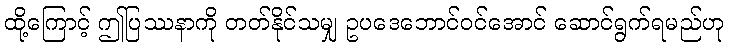
ထို့ကြောင့် ဤပြဿနာကို တတ်နိုင်သမျှ ဥပဒေဘောင်ဝင်အောင် ဆောင်ရွက်ရမည်ဟု